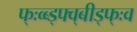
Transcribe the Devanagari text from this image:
फ्ःव्ब्ड्फ्व्बीड्फ्ःव